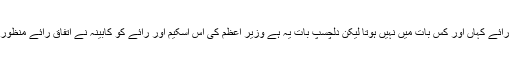
اختلاف رائے کہاں اور کس بات میں نہیں ہوتا لیکن دلچسپ بات یہ ہے وزیر اعظم کی اس اسکیم اور رائے کو کابینہ نے اتفاق رائے منظور کر لیا۔